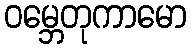
ဝမ္ဘေတုကာမော